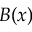
B ( x )